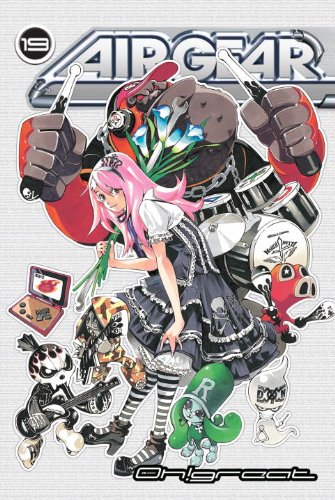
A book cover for Air Gear 19; Oh!Great; Comics & Graphic Novels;